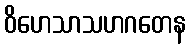
ဝိဟေသာသဟဂတေန